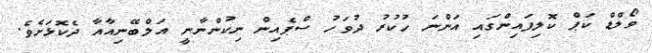
ވޯލްޑް ކަޕް ކޮލިފައިންގައި އަންނަ ހުކުރު ދުވަހު ސްޕެއިން ނިކުންނާނީ އަލްބޭނިއާއާ ދެކޮޅަށެވެ.